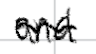
Text: and
Cross-out: wave
Writing tool: digital_black